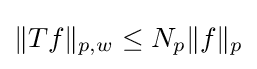
\|Tf\|_{p,w}\leq N_{p}\|f\|_{p}